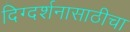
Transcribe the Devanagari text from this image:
दिग्दर्शनासाठीचा